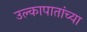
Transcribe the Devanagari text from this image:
उल्कापातांच्या